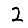
Digit: 2